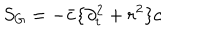
S _ { G } = - \bar { c } \{ \partial _ { t } ^ { 2 } + r ^ { 2 } \} c